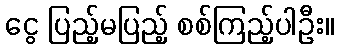
ငွေ ပြည့်မပြည့် စစ်ကြည့်ပါဦး။